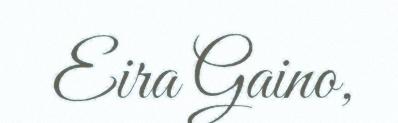
Eira Gaino,